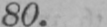
80.